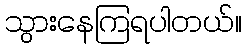
သွားနေကြရပါတယ်။